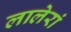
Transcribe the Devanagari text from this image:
लालेरां